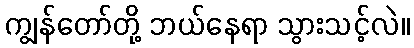
ကျွန်တော်တို့ ဘယ်နေရာ သွားသင့်လဲ။